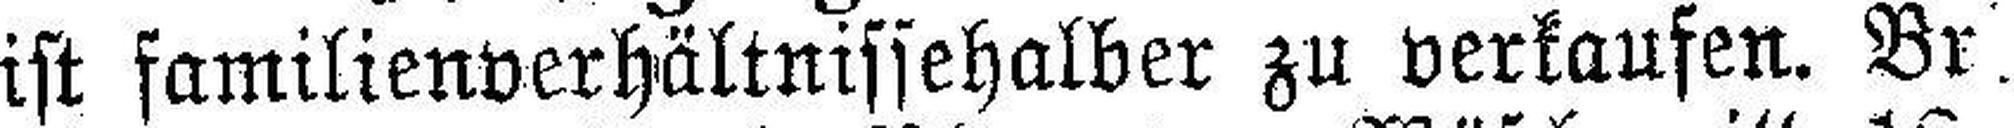
ist familienverhältnissehalber zu verkaufen. Br.